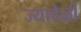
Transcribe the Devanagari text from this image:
ज्यावेळीं